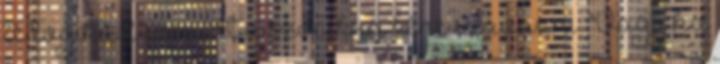
te logikád szerint a szocikra kéne szavazni. "Vagy ha